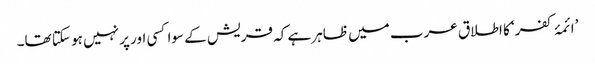
’ائمۂ کفر‘ کا اطلاق عرب میں ظاہر ہے کہ قریش کے سوا کسی اور پر نہیں ہو سکتا تھا۔